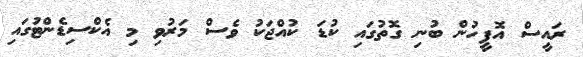
ރައީސް އޮފީހުން ބުނި ގޮތުގައި ކުޑަ ކުއްޖަކު ވެސް މަރުވި މި އެކްސިޑެންޓުގައި